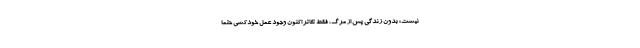
نیست؛ بدون زندگی پس از مرگ، فقط تئاترِ اکنون وجود عملِ خودکشی حتماً